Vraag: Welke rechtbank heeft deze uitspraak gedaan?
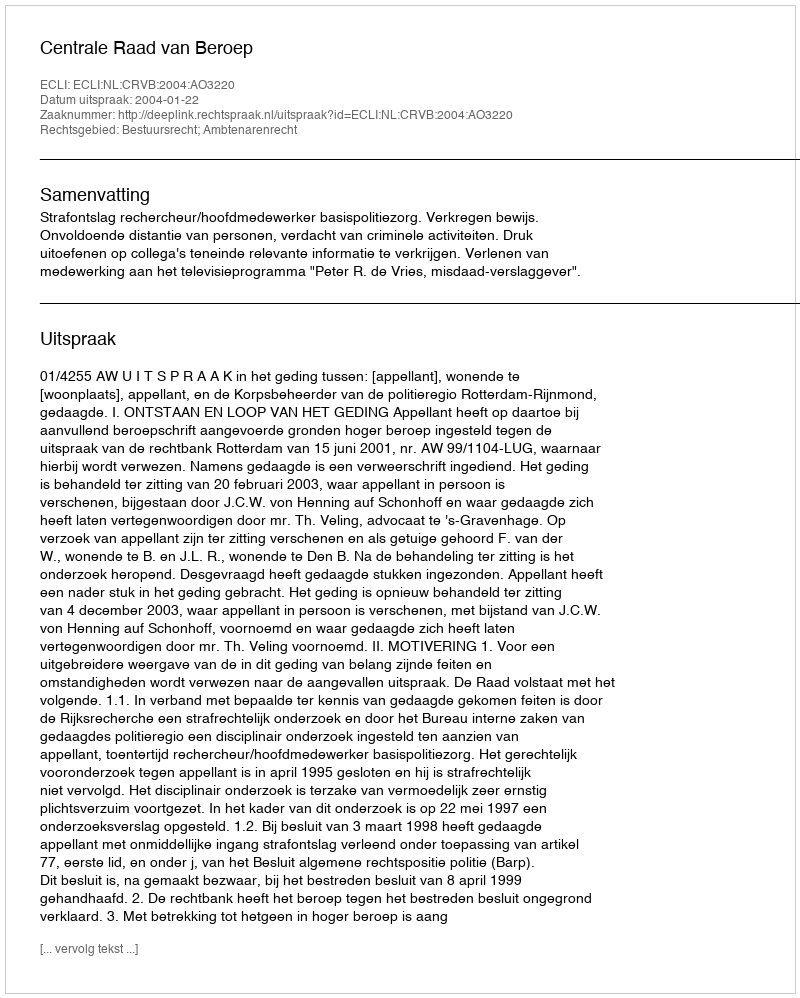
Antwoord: Centrale Raad van Beroep